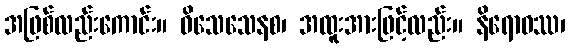
အဖြစ်လည်းကောင်း။ ဝိသေသေနစ၊ အထူးအားဖြင့်လည်း။ နိရောဓဿ၊